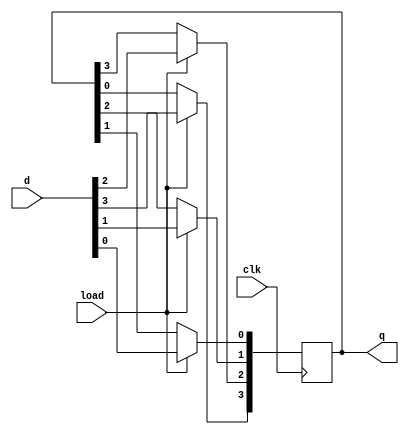
module shiftreg(d, load,clk,q);
	input [3:0]d;
	input load, clk;
	output reg [3:0]q;

always @(posedge clk)
	if (load==1)
		q<=d;
			
	else
	begin
		q[3] <= q[0];
		q[2] <= q[3];
		q[1] <= q[2];
		q[0] <=q[1];
	end
endmodule